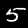
Digit: 5